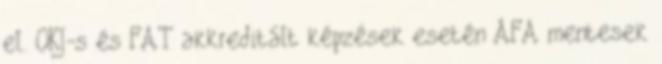
el. OKJ-s és FAT akkreditált képzések esetén ÁFA mentesek